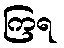
ကြရ